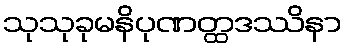
သုသုခုမနိပုဏတ္ထဒဿိနာ